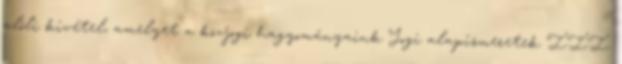
alóli kivétel, amelyet a közjogi hagyományaink Jogi alapismeretek III.